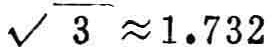
$\sqrt{3} \approx 1.732$